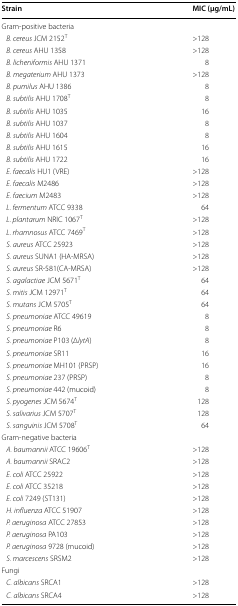
<table><thead><tr><td><b>Strain</b></td><td><b>MIC (μg/mL)</b></td></tr></thead><tbody><tr><td colspan="2">Gram-positive bacteria</td></tr><tr><td> <i>B. cereus</i> JCM 2152<sup>T</sup></td><td>&gt;128</td></tr><tr><td> <i>B. cereus</i> AHU 1358</td><td>&gt;128</td></tr><tr><td> <i>B. licheniformis</i> AHU 1371</td><td>8</td></tr><tr><td> <i>B. megaterium</i> AHU 1373</td><td>&gt;128</td></tr><tr><td> <i>B. pumilus</i> AHU 1386</td><td>8</td></tr><tr><td> <i>B. subtilis</i> AHU 1708<sup>T</sup></td><td>8</td></tr><tr><td> <i>B. subtilis</i> AHU 1035</td><td>16</td></tr><tr><td> <i>B. subtilis</i> AHU 1037</td><td>8</td></tr><tr><td> <i>B. subtilis</i> AHU 1604</td><td>8</td></tr><tr><td> <i>B. subtilis</i> AHU 1615</td><td>16</td></tr><tr><td> <i>B. subtilis</i> AHU 1722</td><td>16</td></tr><tr><td> <i>E. faecalis</i> HU1 (VRE)</td><td>&gt;128</td></tr><tr><td> <i>E. faecalis</i> M2486</td><td>&gt;128</td></tr><tr><td> <i>E. faecium</i> M2483</td><td>&gt;128</td></tr><tr><td> <i>L. fermentum</i> ATCC 9338</td><td>64</td></tr><tr><td> <i>L. plantarum</i> NRIC 1067<sup>T</sup></td><td>&gt;128</td></tr><tr><td> <i>L. rhamnosus</i> ATCC 7469<sup>T</sup></td><td>&gt;128</td></tr><tr><td> <i>S. aureus</i> ATCC 25923</td><td>&gt;128</td></tr><tr><td> <i>S. aureus</i> SUNA1 (HA-MRSA)</td><td>&gt;128</td></tr><tr><td> <i>S. aureus</i> SR-581(CA-MRSA)</td><td>&gt;128</td></tr><tr><td> <i>S. agalactiae</i> JCM 5671<sup>T</sup></td><td>64</td></tr><tr><td> <i>S. mitis</i> JCM 12971<sup>T</sup></td><td>64</td></tr><tr><td> <i>S. mutans</i> JCM 5705<sup>T</sup></td><td>64</td></tr><tr><td> <i>S. pneumoniae</i> ATCC 49619</td><td>8</td></tr><tr><td> <i>S. pneumoniae</i> R6</td><td>8</td></tr><tr><td> <i>S. pneumoniae</i> P103 (Δ<i>lytA</i>)</td><td>8</td></tr><tr><td> <i>S. pneumoniae</i> SR11</td><td>16</td></tr><tr><td> <i>S. pneumoniae</i> MH101 (PRSP)</td><td>16</td></tr><tr><td> <i>S. pneumoniae</i> 237 (PRSP)</td><td>8</td></tr><tr><td> <i>S. pneumoniae</i> 442 (mucoid)</td><td>8</td></tr><tr><td> <i>S. pyogenes</i> JCM 5674<sup>T</sup></td><td>128</td></tr><tr><td> <i>S. salivarius</i> JCM 5707<sup>T</sup></td><td>128</td></tr><tr><td> <i>S. sanguinis</i> JCM 5708<sup>T</sup></td><td>64</td></tr><tr><td colspan="2">Gram-negative bacteria</td></tr><tr><td> <i>A. baumannii</i> ATCC 19606<sup>T</sup></td><td>&gt;128</td></tr><tr><td> <i>A. baumannii</i> SRAC2</td><td>&gt;128</td></tr><tr><td> <i>E. coli</i> ATCC 25922</td><td>&gt;128</td></tr><tr><td> <i>E. coli</i> ATCC 35218</td><td>&gt;128</td></tr><tr><td> <i>E. coli</i> 7249 (ST131)</td><td>&gt;128</td></tr><tr><td> <i>H. influenza</i> ATCC 51907</td><td>&gt;128</td></tr><tr><td> <i>P. aeruginosa</i> ATCC 27853</td><td>&gt;128</td></tr><tr><td> <i>P. aeruginosa</i> PA103</td><td>&gt;128</td></tr><tr><td> <i>P. aeruginosa</i> 9728 (mucoid)</td><td>&gt;128</td></tr><tr><td> <i>S. marcescens</i> SRSM2</td><td>&gt;128</td></tr><tr><td colspan="2">Fungi</td></tr><tr><td> <i>C. albicans</i> SRCA1</td><td>&gt;128</td></tr><tr><td> <i>C. albicans</i> SRCA4</td><td>&gt;128</td></tr></tbody></table>